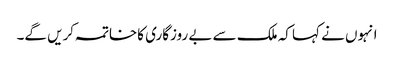
انہوں نے کہا کہ ملک سے بے روزگاری کاخاتمہ کریں گے۔